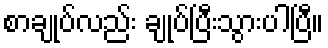
စာချုပ်လည်း ချုပ်ပြီးသွားပါပြီ။